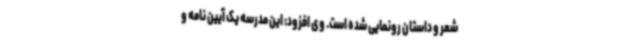
شعر و داستان رونمایی شده است. وی افزود: این مدرسه یک آیین نامه و